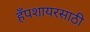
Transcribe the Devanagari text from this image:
हँपशायरसाठी